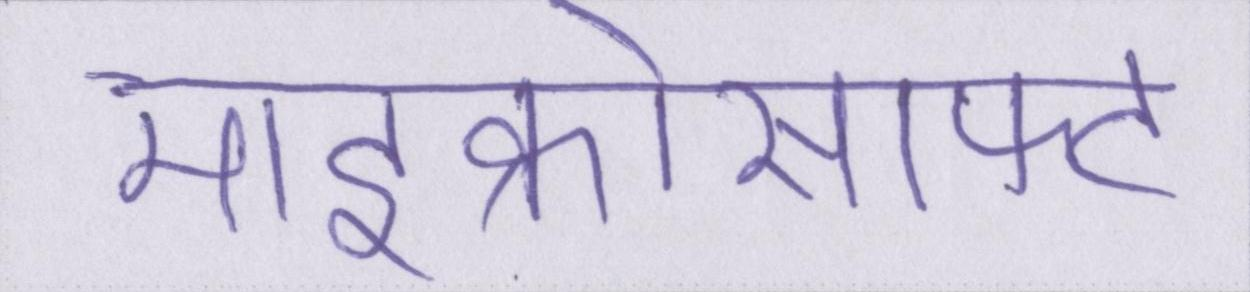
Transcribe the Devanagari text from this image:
माइक्रोसाफ्ट